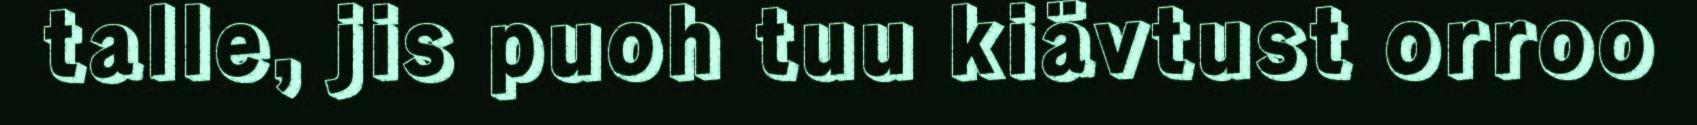
talle, jis puoh tuu kiävtust orroo